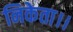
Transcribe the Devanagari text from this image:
निकेता।।